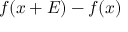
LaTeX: f ( x + E ) - f ( x )